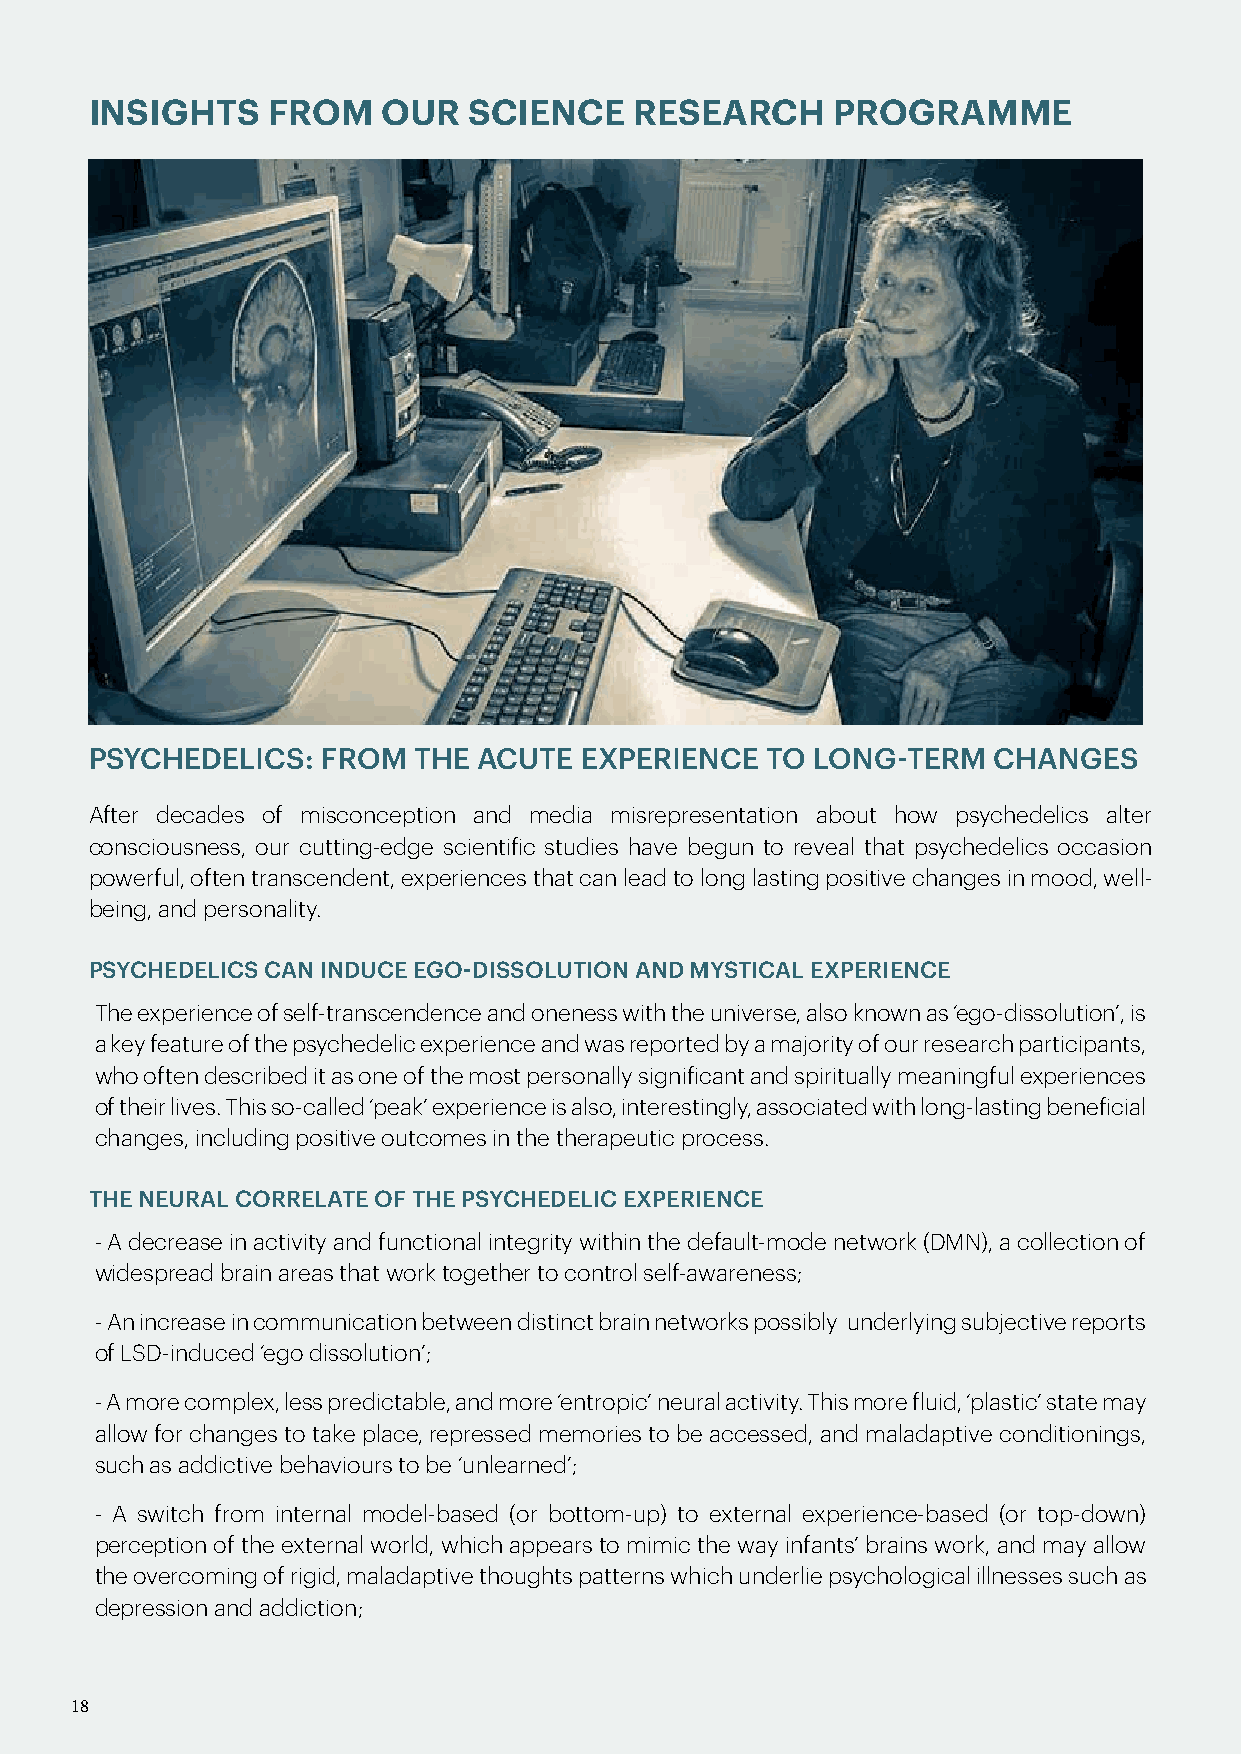
INSIGHTS    FROM   OUR   SCIENCE    RESEARCH     PROGRAMME
 PSYCHEDELICS:  FROM  THE  ACUTE EXPERIENCE   TO LONG-TERM   CHANGES
 After decades of misconception and media misrepresentation about how psychedelics alter
 consciousness, our cutting-edge scientific studies have begun to reveal that psychedelics occasion
 powerful, often transcendent, experiences that can lead to long lasting positive changes in mood, well-
 being, and personality.
 PSYCHEDELICS CAN INDUCE EGO-DISSOLUTION AND MYSTICAL EXPERIENCE
 The experience of self-transcendence and oneness with the universe, also known as ‘ego-dissolution’, is
 a key feature of the psychedelic experience and was reported by a majority of our research participants,
 who often described it as one of the most personally significant and spiritually meaningful experiences
 of their lives. This so-called ‘peak’ experience is also, interestingly, associated with long-lasting beneficial
 changes, including positive outcomes in the therapeutic process.
 THE NEURAL CORRELATE OF THE PSYCHEDELIC EXPERIENCE
 - A decrease in activity and functional integrity within the default-mode network (DMN), a collection of
 widespread brain areas that work together to control self-awareness;
 - An increase in communication between distinct brain networks possibly underlying subjective reports
 of LSD-induced ‘ego dissolution’;
 - A more complex, less predictable, and more ‘entropic’ neural activity. This more fluid, ‘plastic’ state may
 allow for changes to take place, repressed memories to be accessed, and maladaptive conditionings,
 such as addictive behaviours to be ‘unlearned’;
 - A switch from internal model-based (or bottom-up) to external experience-based (or top-down)
 perception of the external world, which appears to mimic the way infants’ brains work, and may allow
 the overcoming of rigid, maladaptive thoughts patterns which underlie psychological illnesses such as
 depression and addiction;
 18